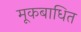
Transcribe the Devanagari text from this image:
मूकबाधित